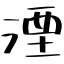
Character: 湮